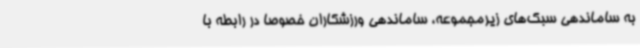
به ساماندهی سبک‌های زیرمجموعه، ساماندهی ورزشکاران خصوصا در رابطه با